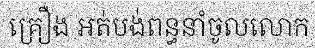
គ្រឿង អត់បង់ពន្ធនាំចូលលោក